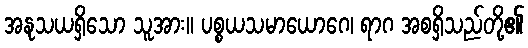
အနုသယရှိသော သူအား။ ပစ္စယသမာယောဂေ၊ ရာဂ အစရှိသည်တို့၏